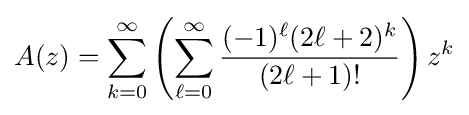
A(z)=\sum _{k=0}^{\infty }\left(\sum _{\ell =0}^{\infty }{\frac {(-1)^{\ell }(2\ell +2)^{k}}{(2\ell +1)!}}\right)z^{k}